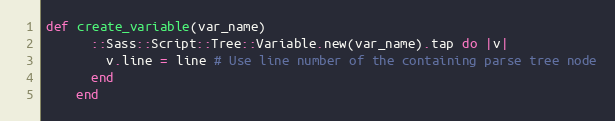
Language: Ruby
def create_variable(var_name)
      ::Sass::Script::Tree::Variable.new(var_name).tap do |v|
        v.line = line # Use line number of the containing parse tree node
      end
    end